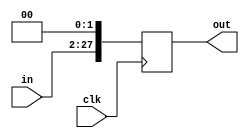
module Shift_left2_26b(in, out, clk);

    input wire [25:0] in;
    input wire clk;

    output reg [27:0] out;

    always@(posedge clk)
    begin
        out <= in << 2;
    end
endmodule